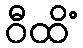
ဝီထိံ